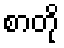
စာတို